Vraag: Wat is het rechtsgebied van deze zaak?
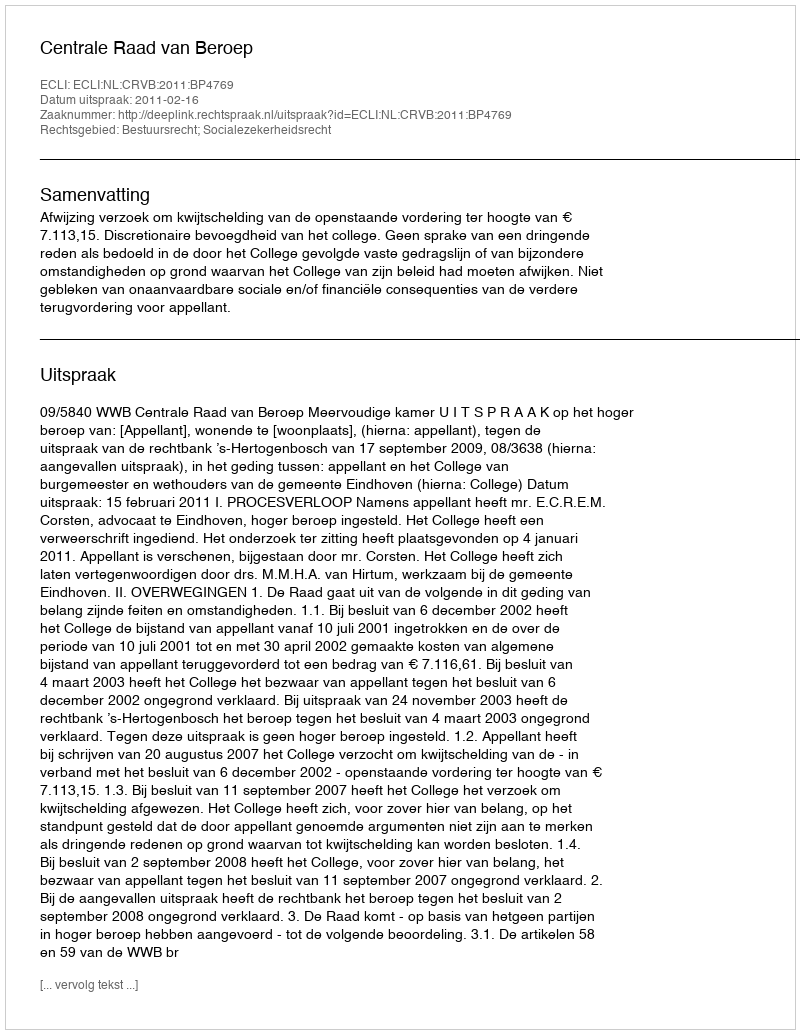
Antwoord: Bestuursrecht; Socialezekerheidsrecht